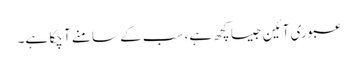
عبوری آئین جیسا کچھ ہے، سب کے سامنے آ چکا ہے۔